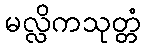
မလ္လိကသုတ္တံ